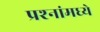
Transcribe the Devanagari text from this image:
प्रश्‍नांमध्‍ये